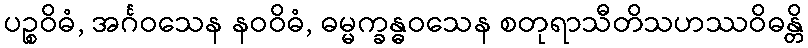
ပဉ္စဝိဓံ, အင်္ဂဝသေန နဝဝိဓံ, ဓမ္မက္ခန္ဓဝသေန စတုရာသီတိသဟဿဝိဓန္တိ